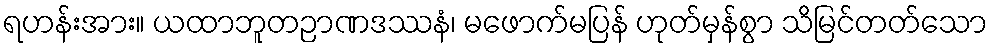
ရဟန်းအား။ ယထာဘူတဉာဏဒဿနံ၊ မဖောက်မပြန် ဟုတ်မှန်စွာ သိမြင်တတ်သော